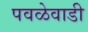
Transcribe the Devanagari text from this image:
पवळेवाडी